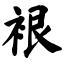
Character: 裉